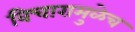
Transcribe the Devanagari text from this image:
विचारामुळेच